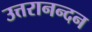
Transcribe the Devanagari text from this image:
उत्तरानन्दन